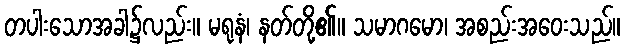
တပါးသောအခါ၌လည်း။ မရုနံ၊ နတ်တို့၏။ သမာဂမော၊ အစည်းအဝေးသည်။